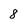
Character: 8